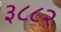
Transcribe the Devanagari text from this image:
३८८२